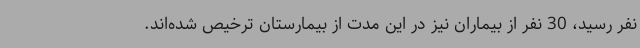
نفر رسید، 30 نفر از بیماران نیز در این مدت از بیمارستان ترخیص شده‌اند.